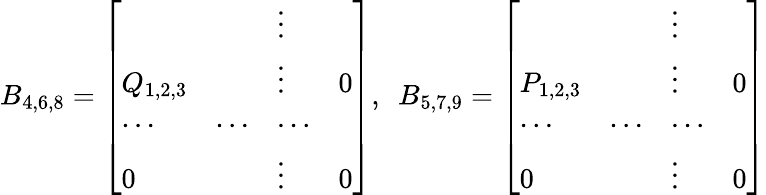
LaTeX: B_{4,6,8}=\left[\begin{array}{llll}{{}}&{{}}&{{\vdots}}&{{}}\\ {{Q_{1,2,3}}}&{{}}&{{\vdots}}&{{0}}\\ {{\cdots}}&{{\cdots}}&{{\cdots}}&{{}}\\ {{0}}&{{}}&{{\vdots}}&{{0}}\end{array}\right],\ \ B_{5,7,9}=\left[\begin{array}{llll}{{}}&{{}}&{{\vdots}}&{{}}\\ {{P_{1,2,3}}}&{{}}&{{\vdots}}&{{0}}\\ {{\cdots}}&{{\cdots}}&{{\cdots}}&{{}}\\ {{0}}&{{}}&{{\vdots}}&{{0}}\end{array}\right]